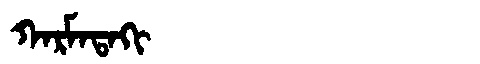
Manchu: ᡴᠠᡵᠮᠠᡨᠠᡴᡳ
Romanization: KARMATAKI